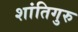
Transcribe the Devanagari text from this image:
शांतिगुरु